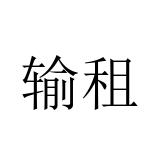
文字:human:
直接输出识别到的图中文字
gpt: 输租